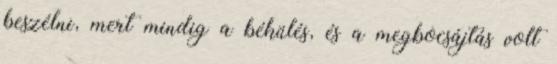
beszélni, mert mindig a békülés, és a megbocsájtás volt